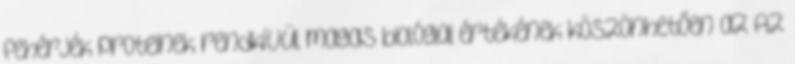
fehérjék proteinek rendkívül magas biológiai értékének köszönhetően az Az